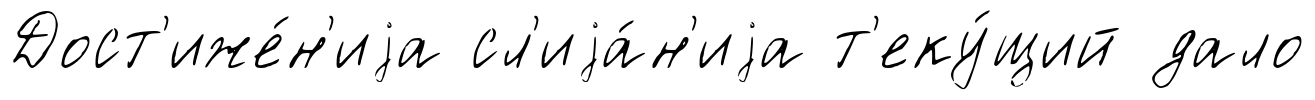
Дост'иже́н'иjа сл'иjа́н'иjа т'еку́щий дало